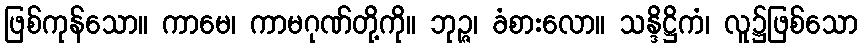
ဖြစ်ကုန်သော။ ကာမေ၊ ကာမဂုဏ်တို့ကို။ ဘုဉ္ဇ၊ ခံစားလော။ သန္ဒိဋ္ဌိကံ၊ လူ၌ဖြစ်သော